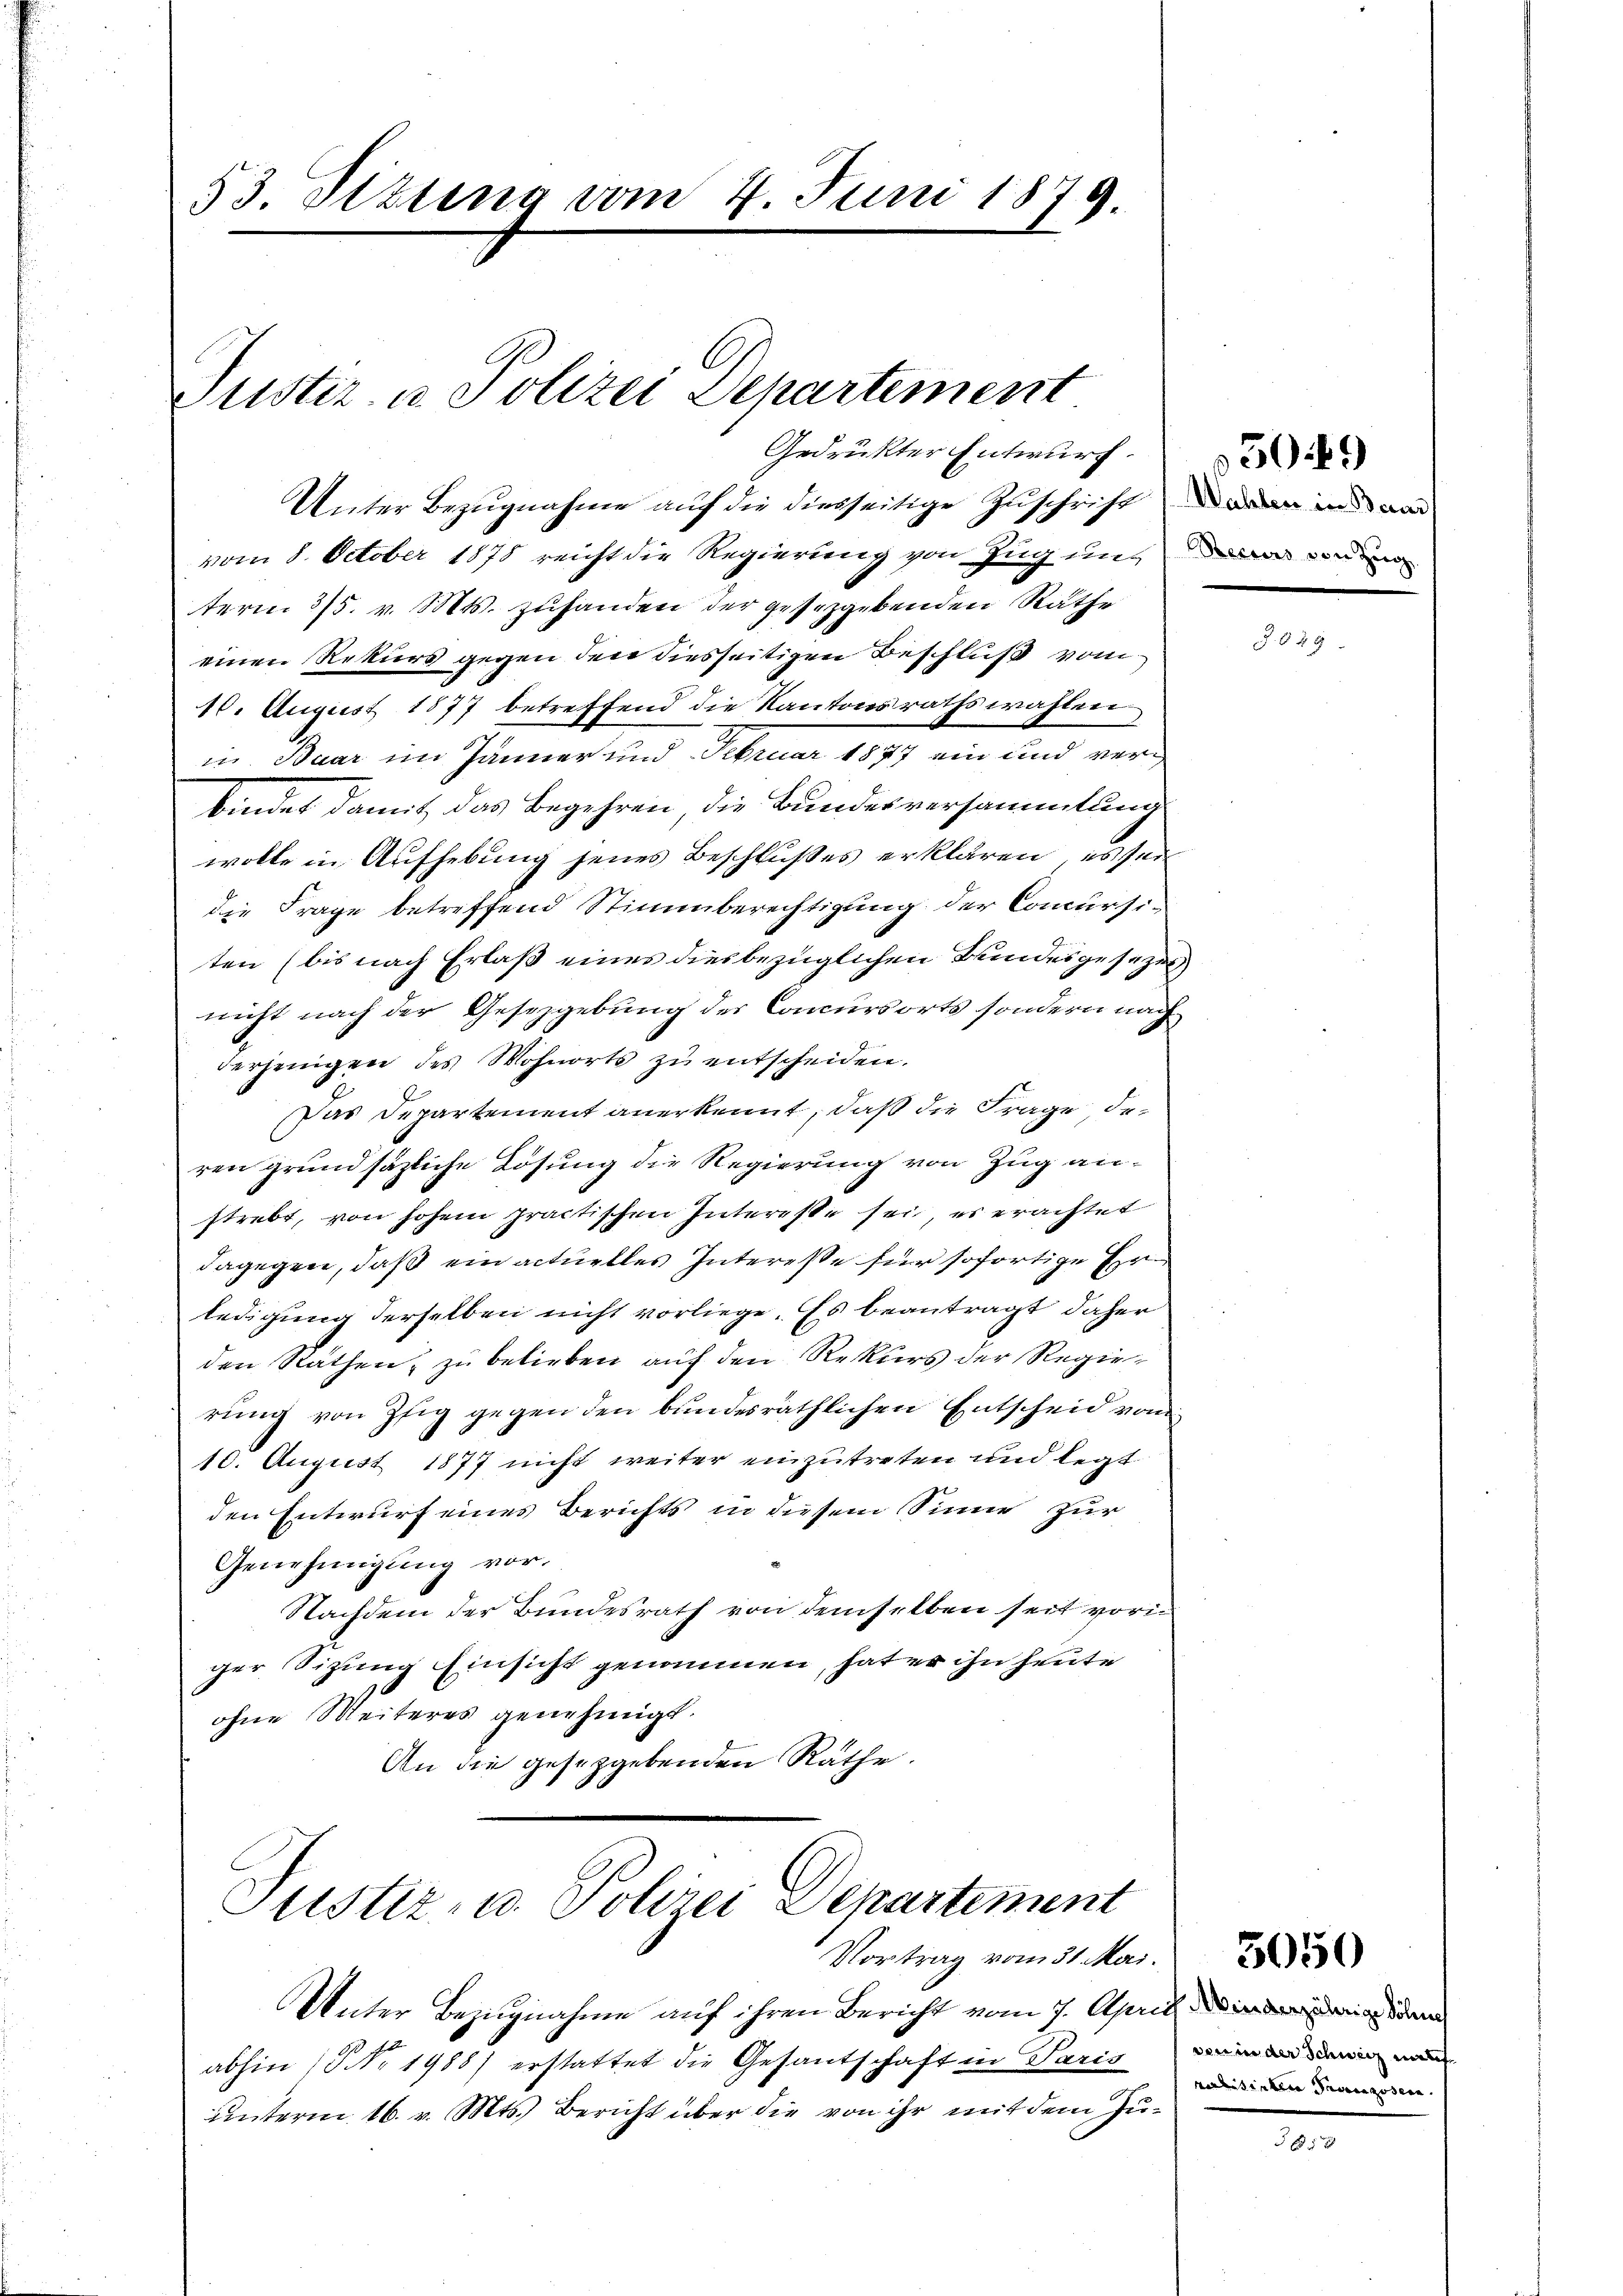
53. Sitzung vom 4. Juni 1879.

Justiz- u. Polizei Departement

Gedruckter Entwurf.

Justiz- u. Polizei Departement
Vortrag vom 31. Mai.

Unter Bezugnahme auf die diesseitige Zuschrift daran in vor
vom 8. October 1878 reicht die Regierung von Zug uns mir von
term 3/5. v. Mts. zuhanden der gesezgebenden Rathe
einen Rekurs gegen den diesseitigen Beschluß vom
10. August 1877 betreffend die Kantonsrathswahlen
in Baar im Jänner und Februar 1877 ein und verbindet damit, das Begehren die Bundesversammlung
wolle in Aufhebung jenes Beschlußes erklären, es sein
die Frage betreffend Stimmberechtigung der Concursi-
ten (bis nach Erlaß eines diesbezüglichen Bundesgesezes
nicht nach der Gesetzgebung des Concursorts sondern nach
derjenigen des Wohnorts zŭ entscheiden.
Das Departement anerkennt, daß die Frage, de
ren grundsätzliche Lösung die Regierung von Zug anstrebt, von hohen practischen Interesse sei, es erachtet
dagegen, daß ein actuelles Interesse für sofortige Erledigung derselben nicht vorliege. Es beantragt daher
den Rathen, zu belieben auf den Rekurs der Regierung von Pfig gegen den bundesräthlichen Entscheid von
¬
10. August 1877 nicht weiter einzutreten und legt
den Entwurf eines Berichts in diesem Sinne zur
Genehmigung vor.
Nachdem der Bundesrath von demselben seit vori
ger Sitzung Einsicht genommen, hat er ihn heute
ohne Weiteres genehmigt.
An die gesetzgebenden Rathe.

Unter Bezugnahme auf ihren Bericht vom 7. April
abhin (Nr. 1988) erstattet die Gesantschaft in Paris
unterm 16. v. Mts. Bericht über die von ihr mit dem Zu¬

5049

3

§ 8

den in der Schweiz mitf
raditirten Franzosen.

5052